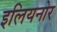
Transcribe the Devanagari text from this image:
इलियनोर